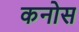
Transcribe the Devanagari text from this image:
कनोस